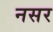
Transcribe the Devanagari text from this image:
नसर